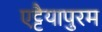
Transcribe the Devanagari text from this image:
एट्टैयापुरम